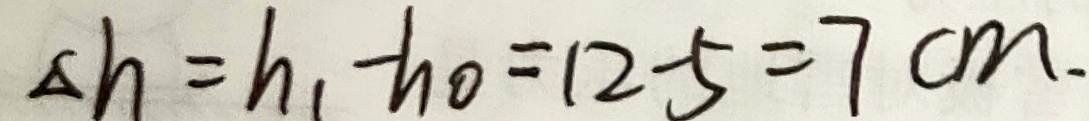
\Delta h = h _ { 1 } - h _ { 0 } = 1 2 - 5 = 7 c m .